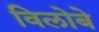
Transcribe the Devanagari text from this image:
विलोबे